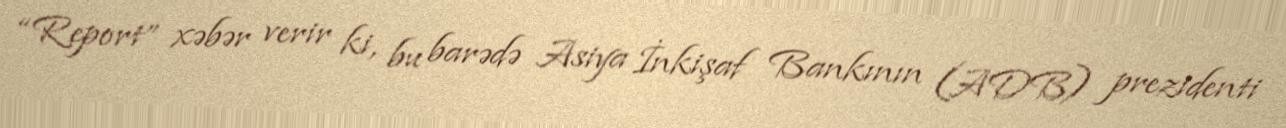
“Report” xəbər verir ki, bu barədə Asiya İnkişaf Bankının (ADB) prezidenti